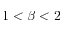
1 < \beta < 2